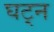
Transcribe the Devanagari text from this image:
घट्न